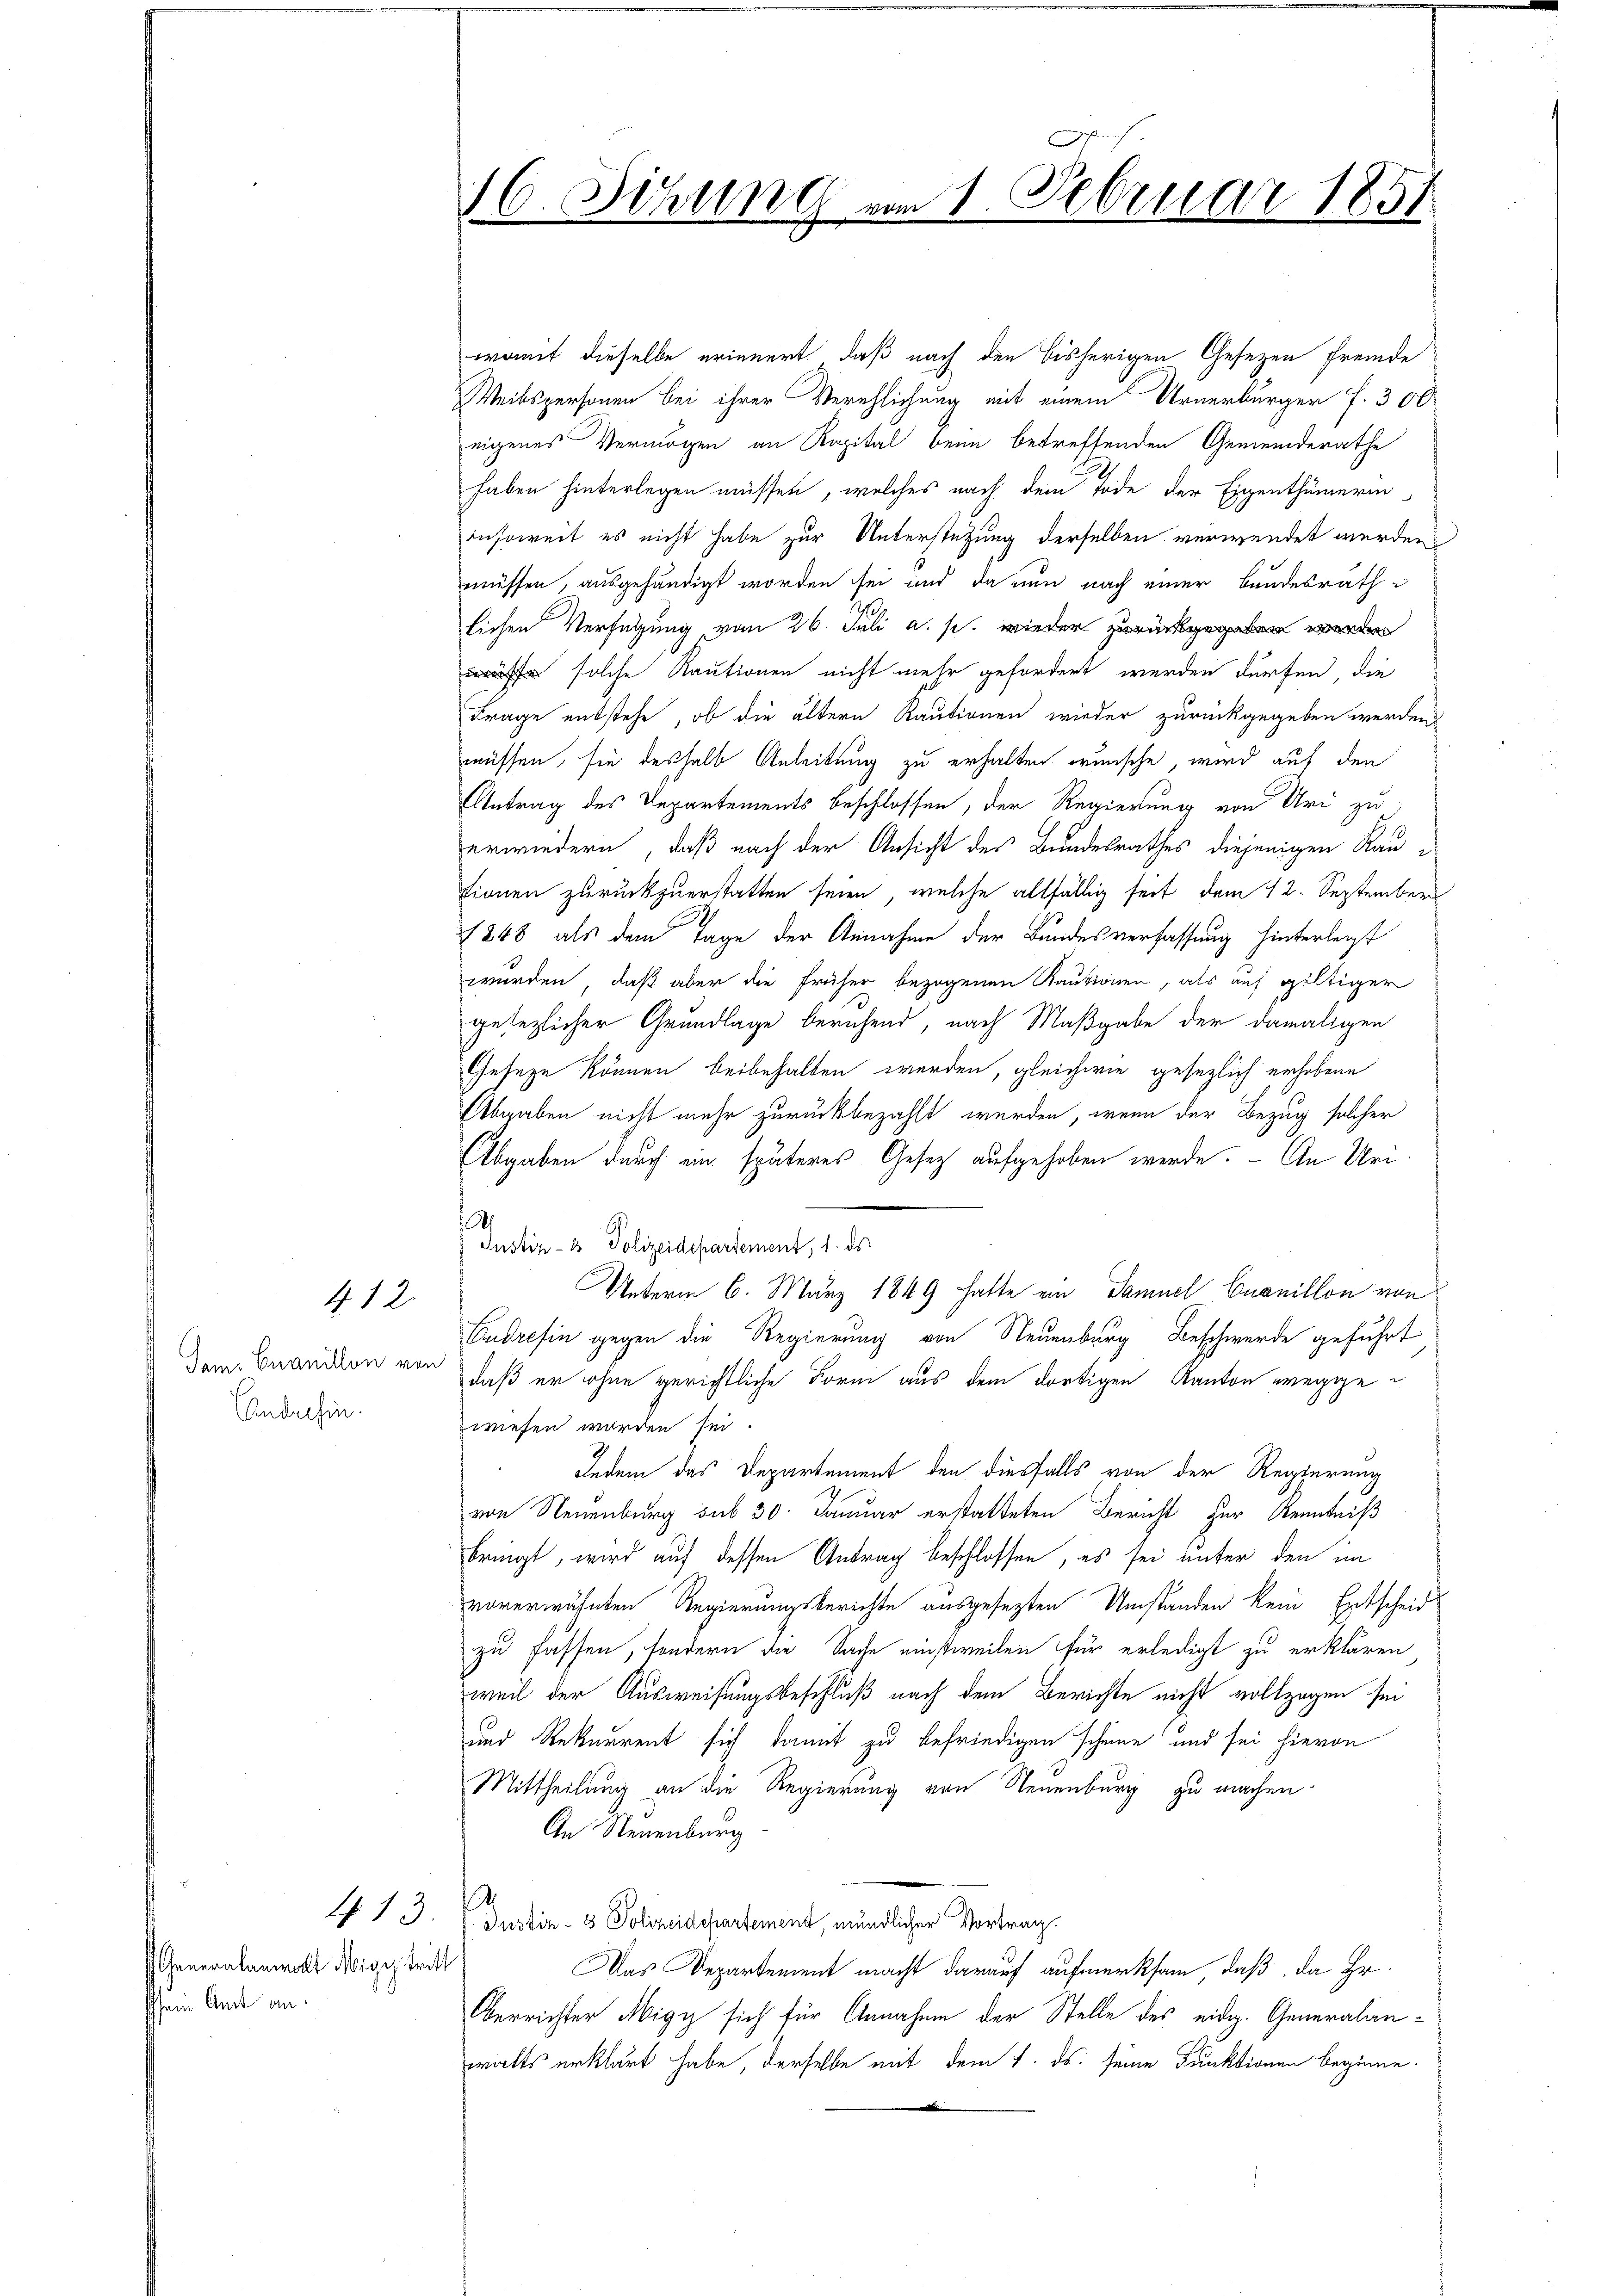
Jam. Cuanillon von
Andelfin

412.

(Generalanwalt Mige tritt
schfein Amt an.

womit dieselbe erinnert. Daß nach den bisherigen Gesezen fremde
Weibspersonen bei ihrer Verehlichung mit einem Urnerbürger f. 300
eigenes Vermögen an Kapital beim betreffenden Gemeinderathe
haben hinterlegen müssen, welches nach dem Tode der Eigenthümerin
insoweit es nicht habe zur Unterstützung derselben verwendet werden
müssen, ausgehändigt worden sei und da nun nach einer Bundesrath
lichen Verfügung vom 26. Juli a. p. wieder zurückgegeben werden
 solche Kautionen nicht mehr gefordert werden dürfen, die
Frage entstehe, ob die ältern Rautionen wieder zurückgegeben werden
müssen, sie deshalb Anleitung zu erhalten wünsche, wird auf den
Antrag des Departements beschlossen, der Regierung von Uri zu
erwiedern, daß nach der Ansicht des Bundesrathes diejenigen Rautionen zurückzuerstatten seien, welche allfällig seit dem 12. Septemberg
1848 als dem Tage der Annahme der Bundesverfassung hinterlegt
wurden, daß aber die früher bezogenen Kautionen, als auf giltiger
gesezlicher Grundlage beruhend, nach Maßgabe der damaligen
Geseze können beibehalten werden, gleichwie gesezlich erhebene
Abgaben nicht mehr zurückbezahlt werden, wenn der Bezug solcher
Abgaben durch ein späteres Gesetz aufgehoben werde. - An Uri¬
Justiz- & Polizeidepartement, 1. ds
Unterm 6. März 1849 hatte ein Samuel Cuanillon von
Cudrefin gegen die Regierung von Neuenburg Beschwerde geführt
daß er ohne gerichtliche Form aus dem dortigen Kanton wegge
wiesen worden sei.
Indem das Departement den diesfalls von der Regierung
von Neuenburg sub 30. Januar erstatteten Bericht zur Kenntniß
bringt, wird auf dessen Antrag beschlossen, es sei unter den im
vorerwähnten Regierungsberichte ausgesezten Umstanden kein Entscheid
zu fassen, sondern die Sache einstweilen für erledigt zu erklären
weil der Ausweisungsbeschluß nach dem Berichte nicht vollzogen sei
und Rekurrent sich damit zu befriedigen scheine und sei hievon
Mittheilung an die Regierung von Neuenburg zu machen.
An Neuenburg
.
 13. d. Justiz- & Polizeidepartement, mündlicher Vortrag.
Das Departement macht darauf aufmerksam, daß, da Hr.
Oberrichter Migy sich für Annahme der Stelle des eidg. Generalanwalts erklärt habe, derselbe mit dem 1. ds. seine Funktionen beginne.

16. Sihung

an 1. Februar 1851
8